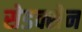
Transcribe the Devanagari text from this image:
सेडक्सेन